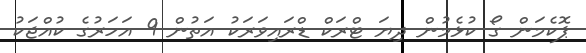
ޕޮކެމަން ގޯ ކުޅެމުން ދިޔަ ޓްރަކް ޑްރައިވަރަކު އަތުން 9 އަހަރުގެ ކުއްޖަކު